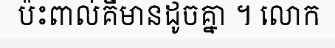
ប៉ះពាល់គឺមានដូចគ្នា ។ លោក